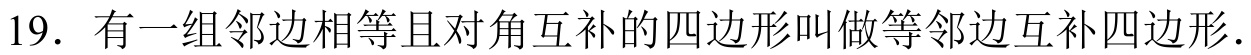
19. 有一组邻边相等且对角互补的四边形叫做等邻边互补四边形.